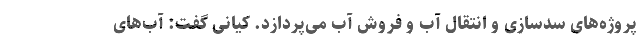
پروژه‌های سدسازی و انتقال آب و فروش آب می‌پردازد. کیانی گفت: آب‌های